65_HS1-834228961_62-HQ-83894_Section_9
Agency: FBI
Page 13
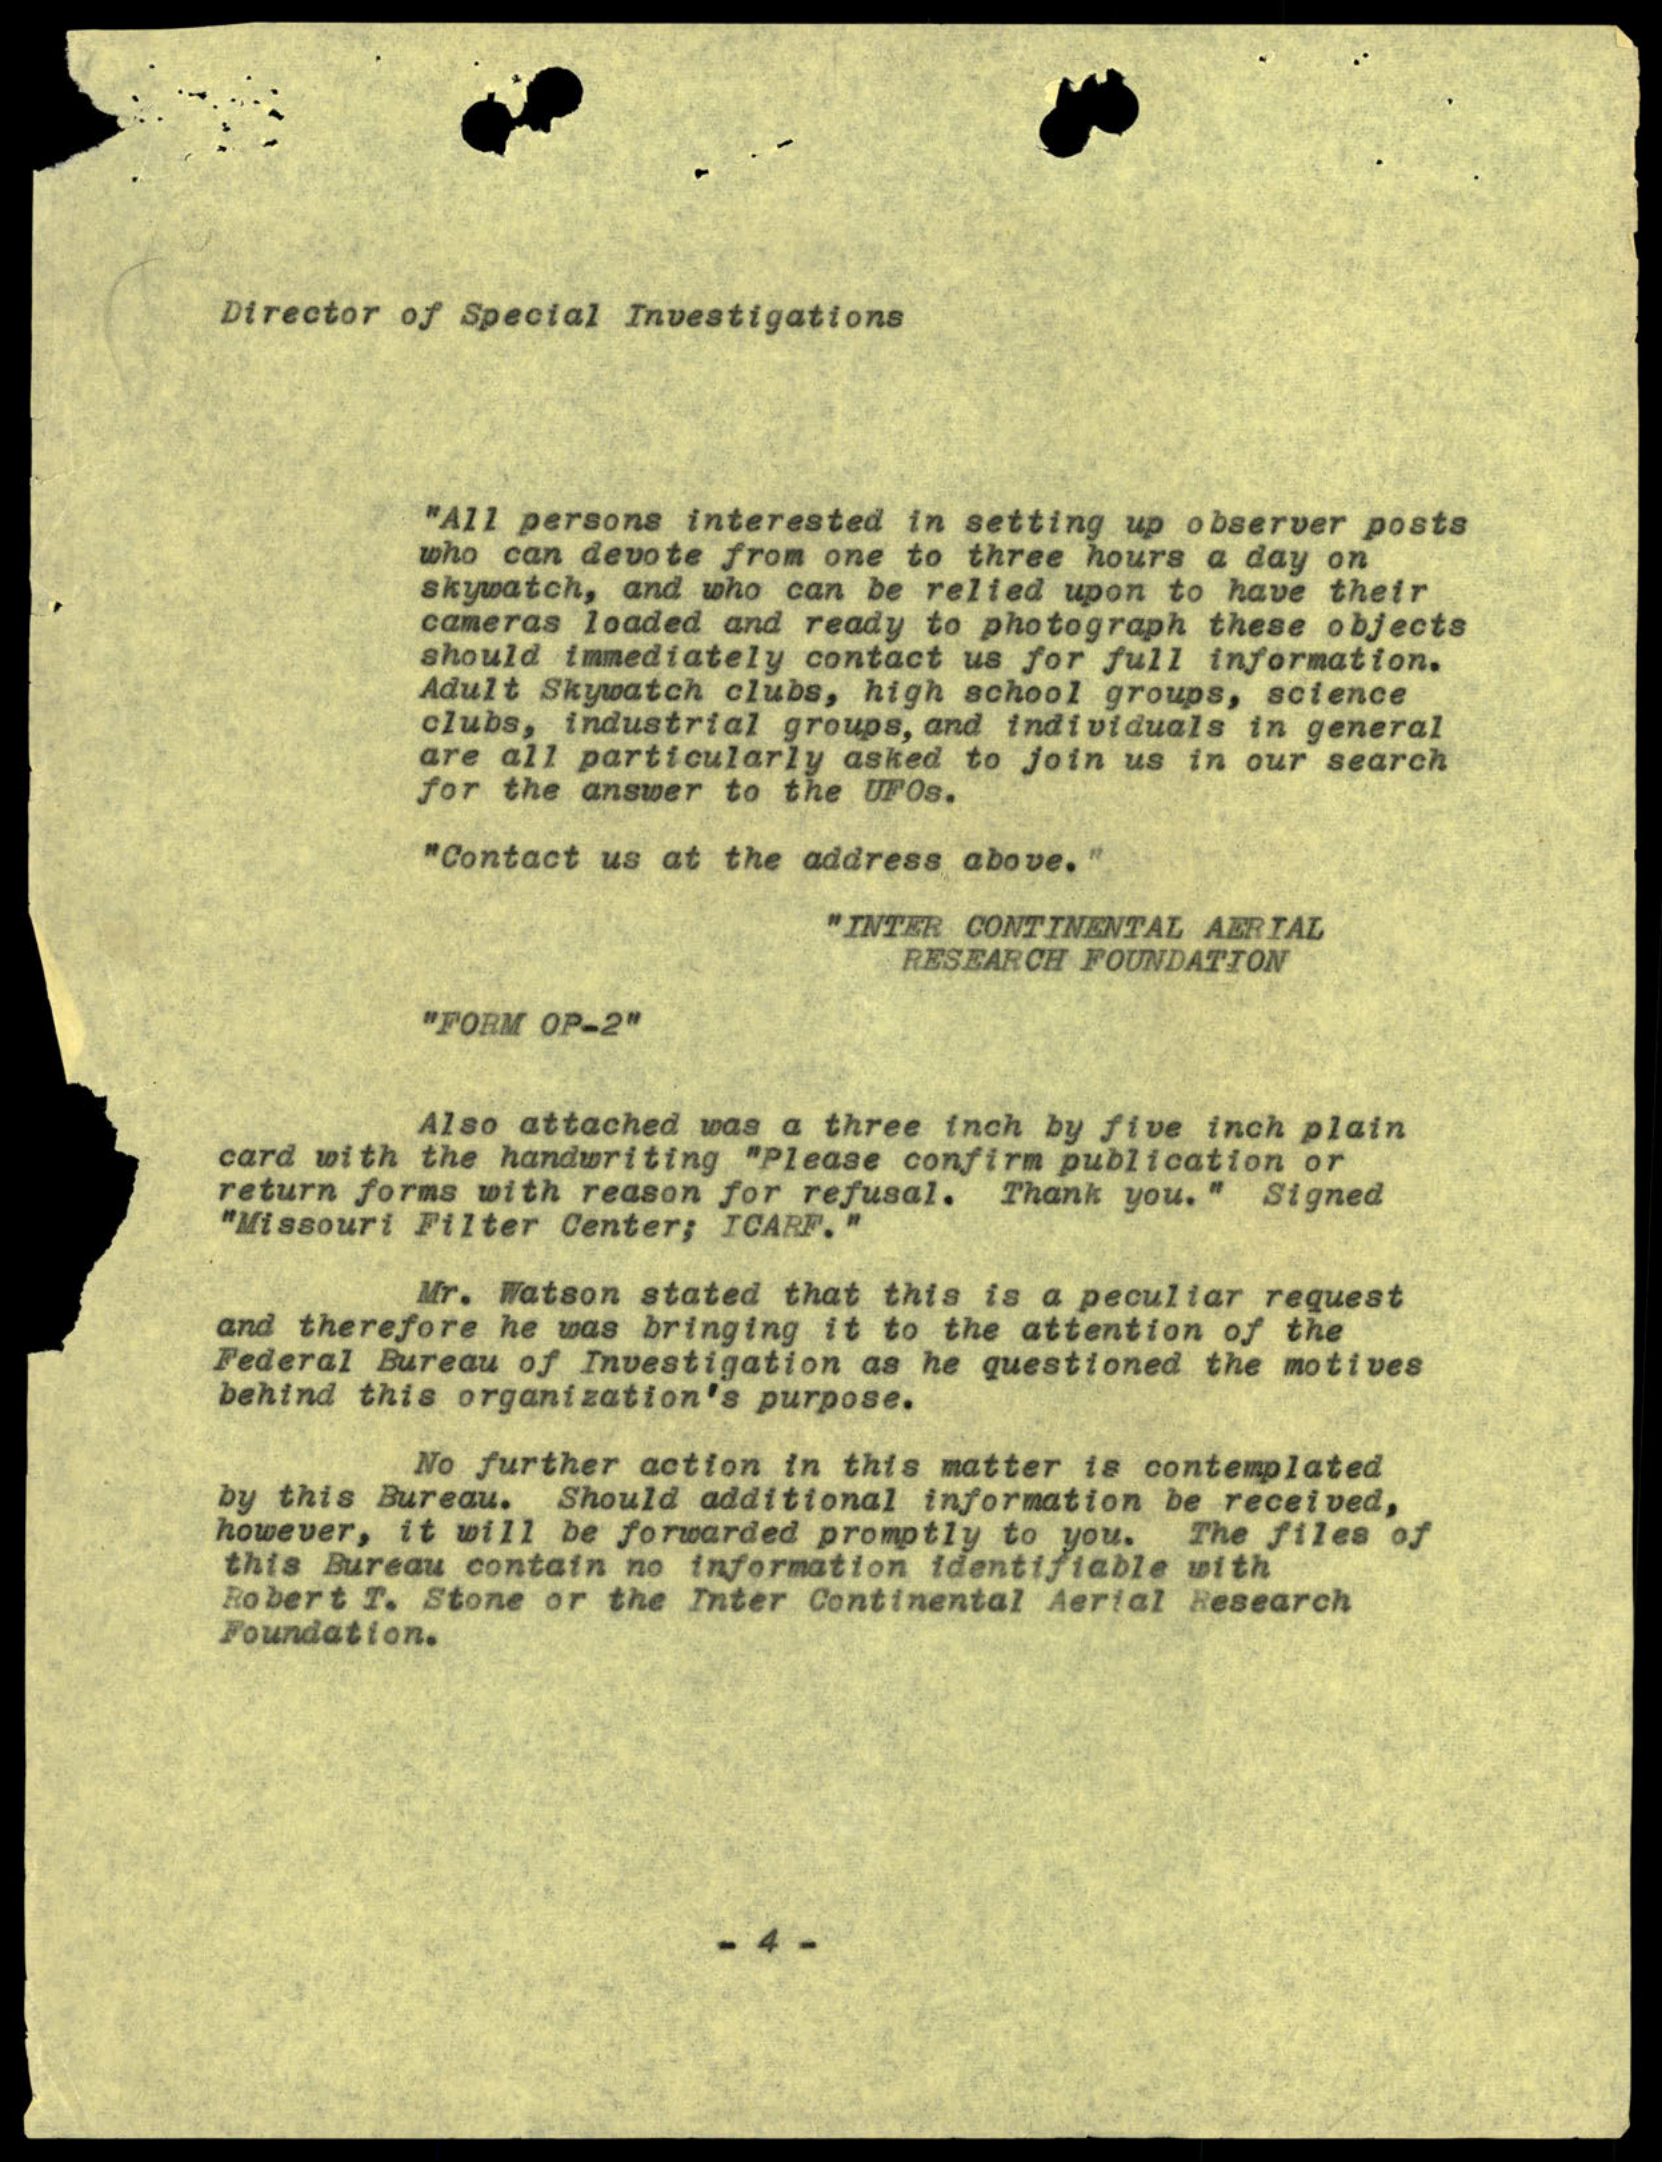